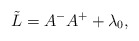
\begin{align*}\tilde L=A^-A^+ + \lambda_0,\end{align*}